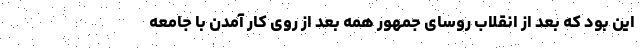
این بود که بعد از انقلاب روسای جمهور همه بعد از روی کار آمدن با جامعه